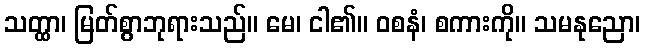
သတ္ထာ၊ မြတ်စွာဘုရားသည်။ မေ၊ ငါ၏။ ဝစနံ၊ စကားကို။ သမနုညော၊